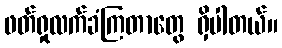
ဖတ်ရှုလက်ခံကြတာတွေ ရှိပါတယ်။